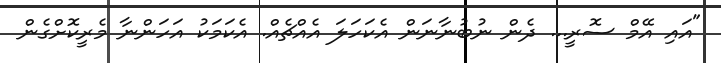
"އައި އޭމް ސޮރީ... ދެން ނުބުނާނަން އެކަހަލަ އެއްޗެއް. އެކަމަކު އަހަންނާ މެރީކޮށްގެން